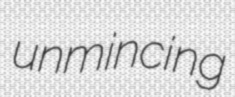
unmincing